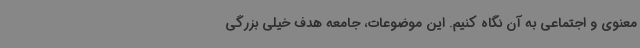
معنوی و اجتماعی به آن نگاه کنیم. این موضوعات، جامعه هدف خیلی بزرگی